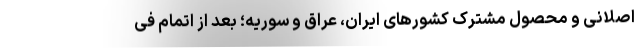
اصلانی و محصول مشترک کشورهای ایران، عراق و سوریه؛ بعد از اتمام فی